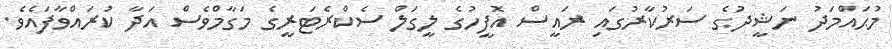
މުޙައްމަދު ނަޝީދުގެ ސަރުކާރުގައި ރައީސް އޮފީހުގެ ލީގަލް ސެކްރެޓަރީގެ މަގާމްވެސް އަދާ ކުރައްވާފައެވެ.